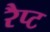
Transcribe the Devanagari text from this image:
रैप्ट